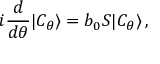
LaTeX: i { \frac { d } { d \theta } } | C _ { \theta } \rangle = b _ { 0 } S | C _ { \theta } \rangle \, ,